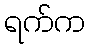
ရက်က